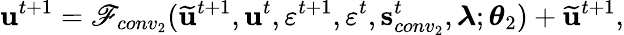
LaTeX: \mathbf{u}^{t+1}=\mathscr{F}_{conv_{2}}(\mathbf{\widetilde{u}}^{t+1},\mathbf{u}^{t},\varepsilon^{t+1},\varepsilon^{t},\mathbf{s}_{conv_{2}}^{t},\boldsymbol{\lambda};\boldsymbol{\theta}_{2})+\mathbf{\widetilde{u}}^{t+1},